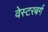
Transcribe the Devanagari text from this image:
वेस्टरबर्ग